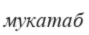
мукатаб